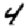
Digit: 4